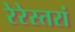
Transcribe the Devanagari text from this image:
रेरेस्तरां